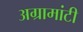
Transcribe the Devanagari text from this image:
अग्रामांटी